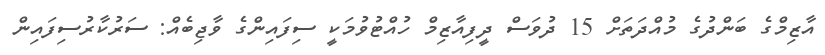
އާޒިމްގެ ބަންދުގެ މުއްދަތަށް 15 ދުވަސް ދީފިއާޒިމް ހުއްޓުވުމަކީ ސިފައިންގެ ވާޖިބެއް: ސަރުކާރުސިފައިން